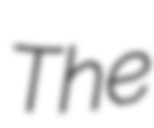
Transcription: The